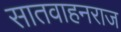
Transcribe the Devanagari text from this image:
सातवाहनराज